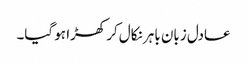
عادل زبان باہر نکال کر کھڑا ہو گیا۔